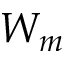
W _ { m }